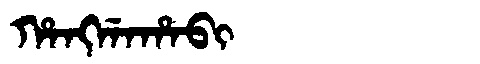
Manchu: ᡥᠠᠩᡤᠠᡥᠠᠪᡳ
Romanization: HANGGAHABI